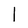
Character: l